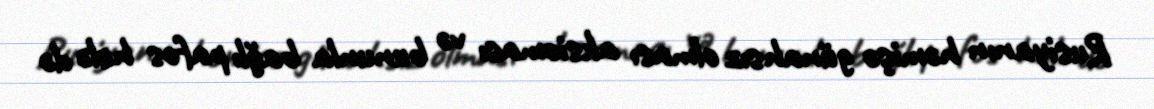
Rusiyanın həmişə günahsız olması aksioması və bununla bağlı pafos hələ də